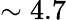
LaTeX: \sim 4.7